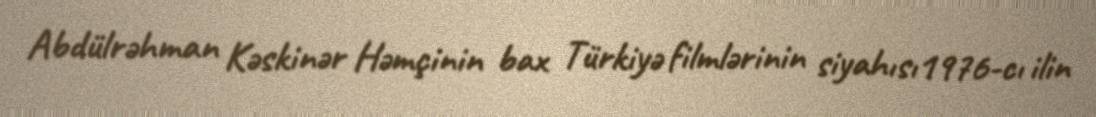
Abdülrəhman Kəskinər Həmçinin bax Türkiyə filmlərinin siyahısı1976-cı ilin